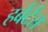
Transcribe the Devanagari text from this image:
हर्बर्टस